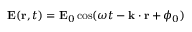
\mathbf { E } ( \mathbf { r } , t ) = \mathbf { E } _ { 0 } \cos ( \omega t - \mathbf { k } \cdot \mathbf { r } + \phi _ { 0 } )